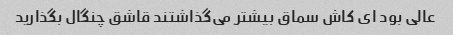
عالی بود ای کاش سماق بیشتر می‌گذاشتند قاشق چنگال بگذارید